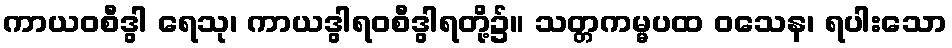
ကာယဝစီဒွါ ရေသု၊ ကာယဒွါရဝစီဒွါရတို့၌။ သတ္တကမ္မပထ ဝသေန၊ ရပါးသော